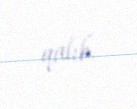
qalıb.